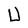
Character: U